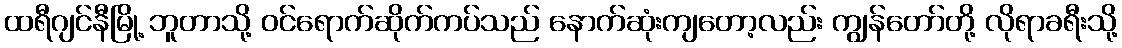
ထရီဂျင်နီမြို့ ဘူတာသို့ ဝင်ရောက်ဆိုက်ကပ်သည် နောက်ဆုံးကျတော့လည်း ကျွန်တော်တို့ လိုရာခရီးသို့